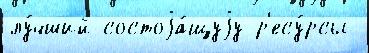
лу́чший состоjа́щуjу р'есу́рсы